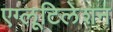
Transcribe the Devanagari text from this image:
एग्लूटिलेशन